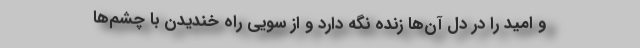
و امید را در دل آن‌ها زنده نگه دارد و از سویی راه خندیدن با چشم‌ها